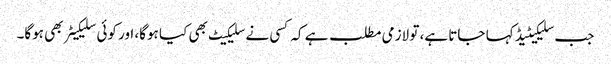
جب سلیکیٹیڈ کہا جاتا ہے، تو لازمی مطلب ہے کہ کسی نے سلیکیٹ بھی کیا ہوگا، اور کوئی سلیکیٹر بھی ہوگا۔